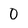
Character: 0